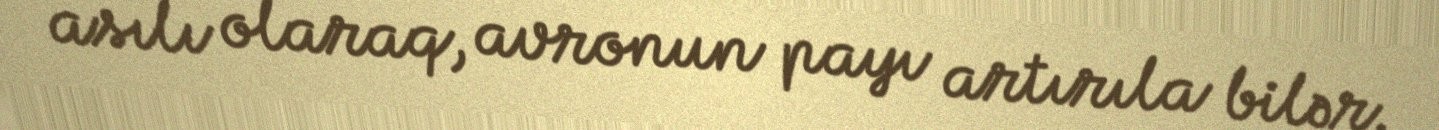
asılı olaraq, avronun payı artırıla bilər.